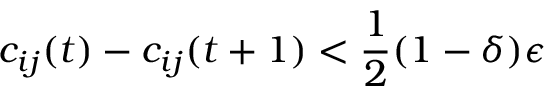
c _ { i j } ( t ) - c _ { i j } ( t + 1 ) < \frac { 1 } { 2 } ( 1 - \delta ) \epsilon